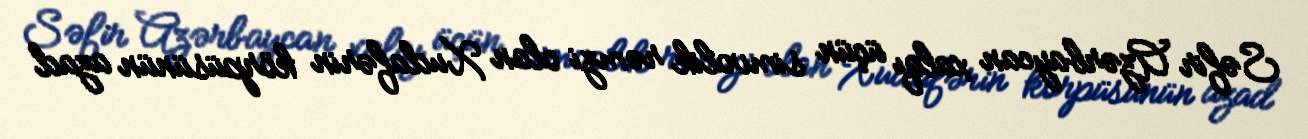
Səfir Azərbaycan xalqı üçün simvolik rəmzi olan Xudafərin körpüsünün azad